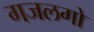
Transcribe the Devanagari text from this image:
गजलगो